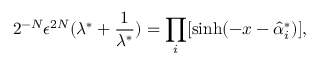
2 ^ { - N } \epsilon ^ { 2 N } ( \lambda ^ { * } + \frac { 1 } { \lambda ^ { * } } ) = \prod _ { i } [ \sinh ( - x - \hat { \alpha } _ { i } ^ { * } ) ] ,